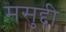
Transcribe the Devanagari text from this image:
मसुद्दी